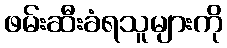
ဖမ်းဆီးခံရသူများကို